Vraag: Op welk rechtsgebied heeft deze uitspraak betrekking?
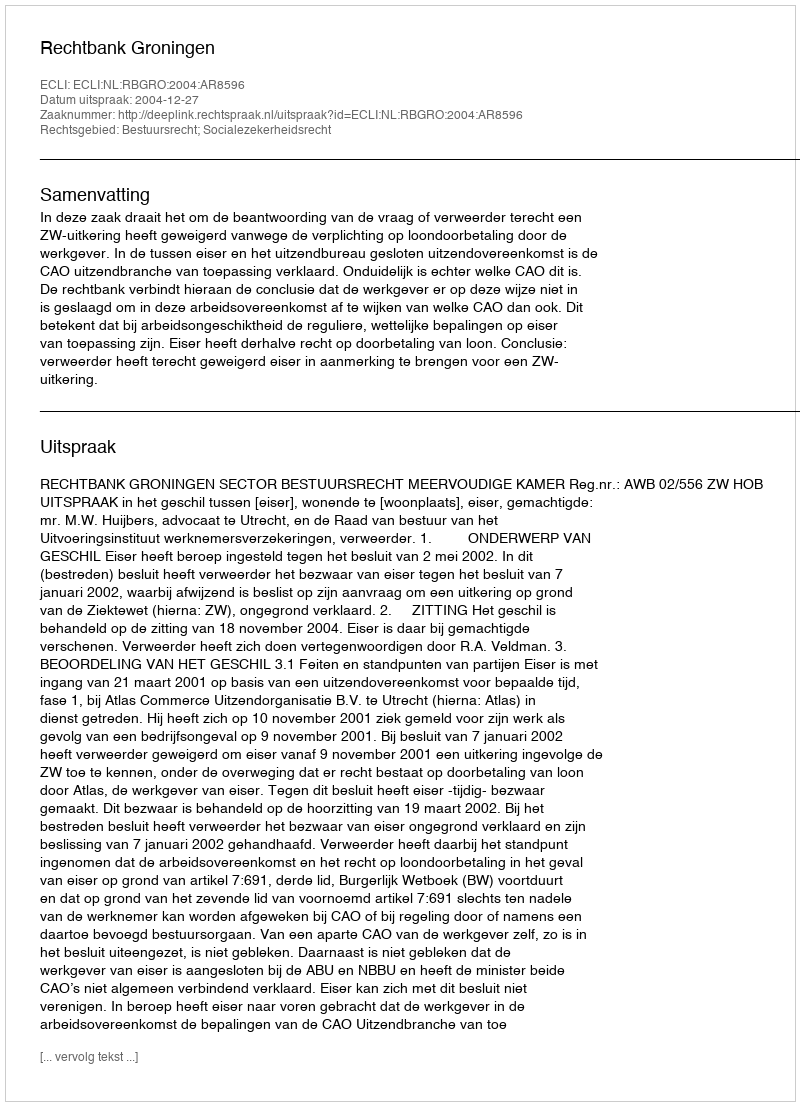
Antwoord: Bestuursrecht; Socialezekerheidsrecht